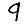
Digit: 9